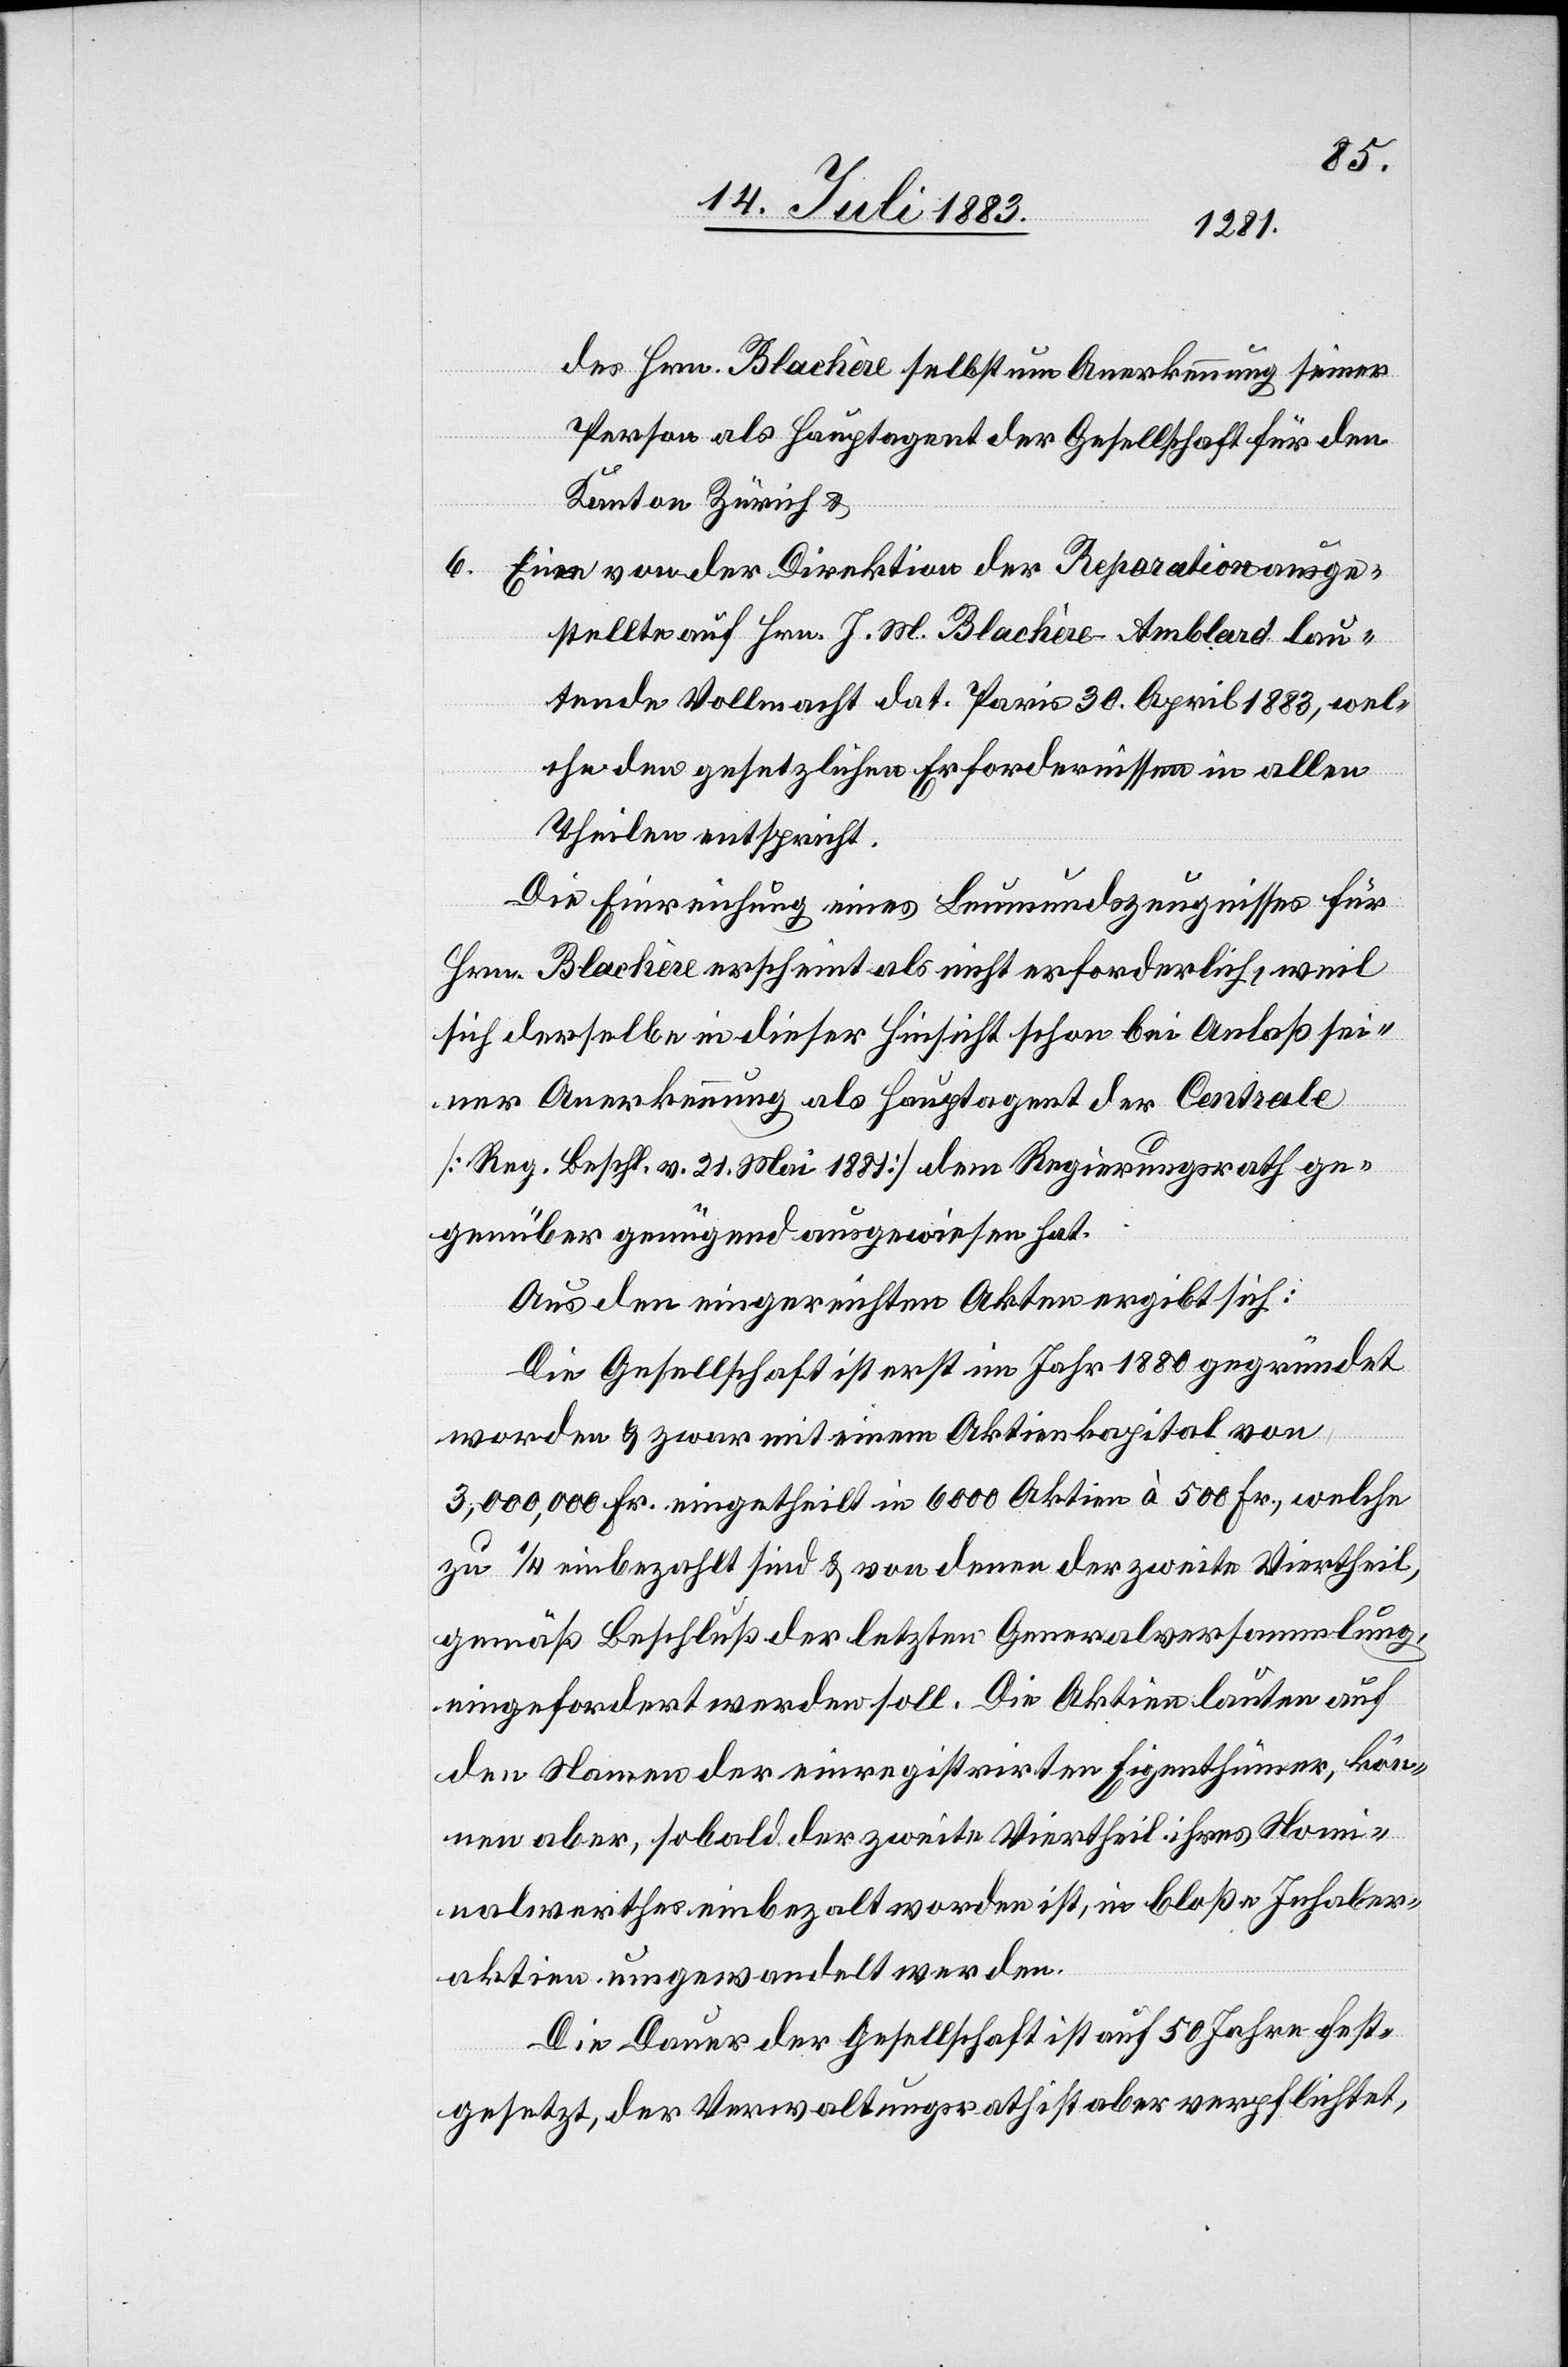
des Hrn. Blachère selbst um Anerkennung seiner
Person als Hauptagent der Gesellschaft für den
ausge¬
Kanton Zürich &
6. Eine von der Direktion der Rapartion
stellte auf Hrn. J. M. Blachère-Amblard lau¬
tende Vollmacht dat. Paris 30. April 1883, wel¬
che den gesetzlichen Erfordernissen in allen
Theilen entspricht.
Die Einreichung eines Leumundszeugnisses für
Hrn. Blachère erscheint als nicht erforderlich, weil
sich derselbe in dieser Hinsicht schon bei Anlaß sei¬
ner Anerkennung als Hauptagent der Centrale
[Reg. Beschl. v. 21. Mai 1881] dem Regierungsrath ge¬
genüber genügend ausgewiesen hat.
Aus den eingereichten Akten ergibt sich:
Die Gesellschaft ist erst im Jahr 1880 gegründet
worden & zwar mit einem Aktivkapital von
3,000,000 Fr. eingetheilt in 6000 Aktien à 500 Fr., welche
zu 1/4 einbezahlt sind & von denen der zweite Viertheil,
gemäß Beschluß der letzten Generalversammlung,
eingefordert werden soll. Die Aktien lauten auf
den Namen der einregistrirten Eigenthümer, kön¬
nen aber, sobald der zweite Viertheil ihres Nom¬
inalwerthes einbezahlt worden ist, in bloße Inhaber¬
aktien umgewandelt werden.
Die Dauer der Gesellschaft ist auf 50 Jahre fest¬
gesetzt, der Verwaltungsrath ist aber verpflichtet,